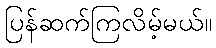
ပြန်ဆက်ကြလိမ့်မယ်။